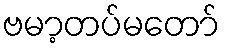
ဗမာ့တပ်မတော်